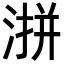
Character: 𪶜